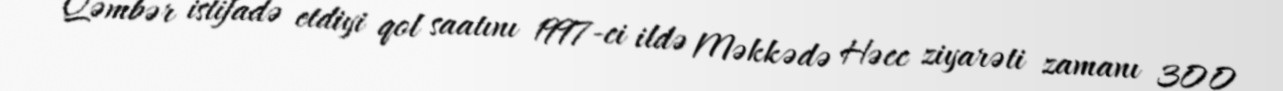
Qəmbər istifadə etdiyi qol saatını 1997-ci ildə Məkkədə Həcc ziyarəti zamanı 300